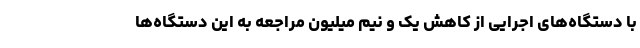
با دستگاه‌های اجرایی از کاهش یک و نیم میلیون مراجعه به این دستگاه‌ها